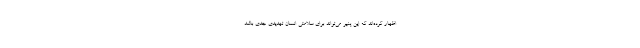
اظهار کرده‌اند که این پنیر می‌تواند برای سلامتی انسان تهدیدی جدی باشد.